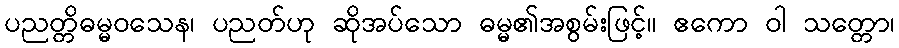
ပညတ္တိဓမ္မဝသေန၊ ပညတ်ဟု ဆိုအပ်သော ဓမ္မ၏အစွမ်းဖြင့်။ ဧကော ဝါ သတ္တော၊